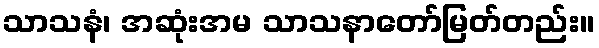
သာသနံ၊ အဆုံးအမ သာသနာတော်မြတ်တည်း။